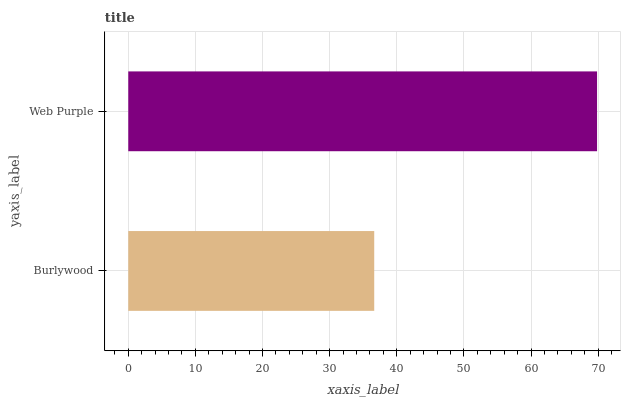
| yaxis_label | bars |
 | --- | --- |
 | Burlywood | 36.6 |
 | Web Purple | 69.8 |